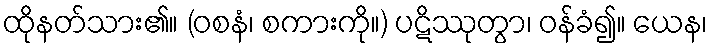
ထိုနတ်သား၏။ (ဝစနံ၊ စကားကို။) ပဋိဿုတွာ၊ ဝန်ခံ၍။ ယေန၊